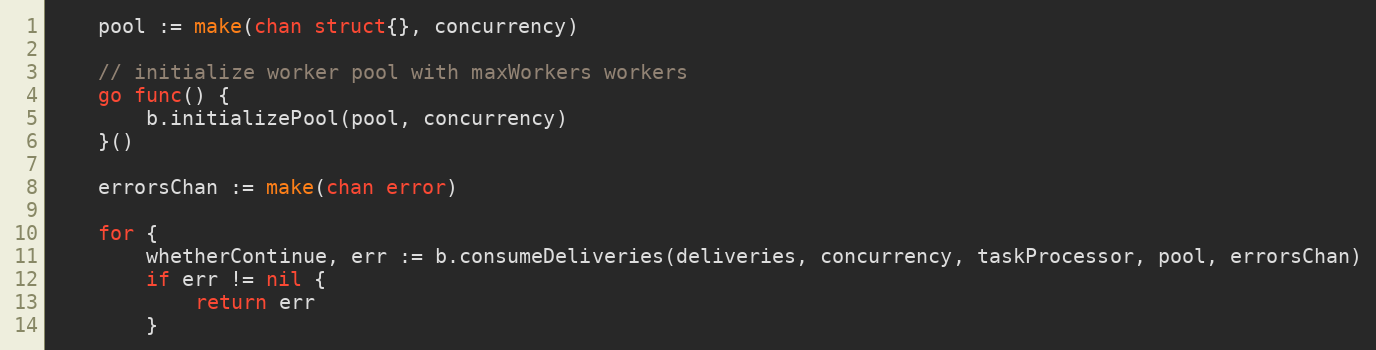
Language: Go
	pool := make(chan struct{}, concurrency)

	// initialize worker pool with maxWorkers workers
	go func() {
		b.initializePool(pool, concurrency)
	}()

	errorsChan := make(chan error)

	for {
		whetherContinue, err := b.consumeDeliveries(deliveries, concurrency, taskProcessor, pool, errorsChan)
		if err != nil {
			return err
		}